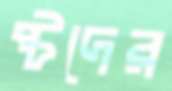
ষ্টদের